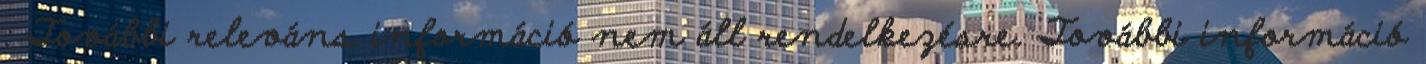
: További releváns információ nem áll rendelkezésre. További információ